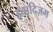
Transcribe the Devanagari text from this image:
इबादिज़म